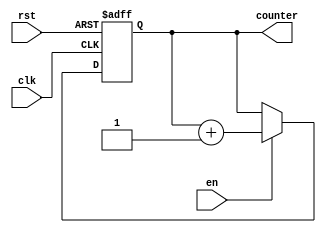
module ring_counter (
    input wire clk,
    input wire rst,
    input wire en,
    output reg [N-1:0] counter
);

parameter N = 4; // Number of bits in the counter

always @(posedge clk or posedge rst) begin
    if (rst) begin
        counter <= 0;
    end else begin
        if (en) begin
            counter <= counter + 1;
        end
    end
end

endmodule